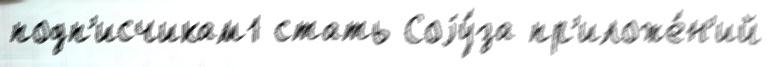
подп'исчикам1 стать Соjу́за пр'иложе́н'ий